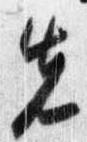
先